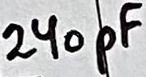
Text: 240pF